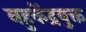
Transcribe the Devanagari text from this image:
बहुकेंद्रयुक्त